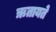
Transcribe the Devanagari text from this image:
ऋतायते